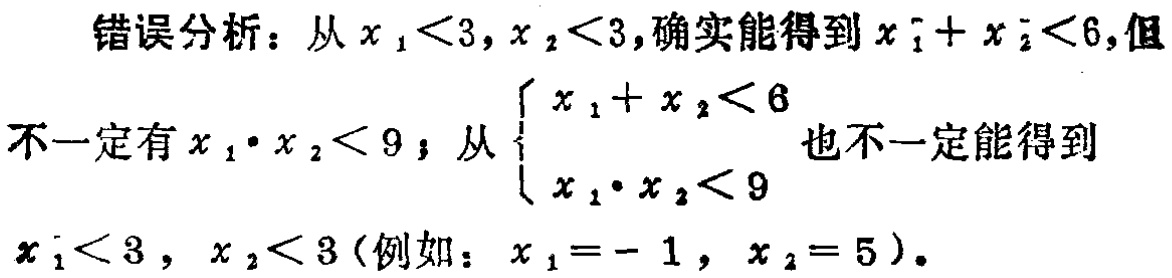
错误分析：从\(x_1<3,x_2<3\)，确实能得到\(x_1 + x_2<6\)，但
不一定有\(x_1\cdot x_2<9\)；从\(\begin{cases}x_1 + x_2<6\\x_1\cdot x_2<9\end{cases}\)也不一定能得到
\(x_1<3,x_2<3\)（例如：\(x_1 = - 1,x_2 = 5\)）。